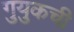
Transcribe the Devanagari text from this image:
गुयुकची